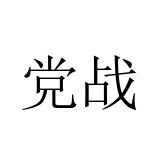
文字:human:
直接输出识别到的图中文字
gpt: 党战